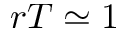
r T \simeq 1